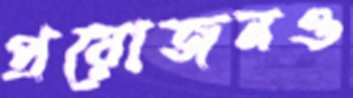
প্রয়োজনও